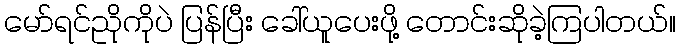
မော်ရင်ညိုကိုပဲ ပြန်ပြီး ခေါ်ယူပေးဖို့ တောင်းဆိုခဲ့ကြပါတယ်။